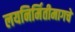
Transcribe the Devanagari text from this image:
लयनिर्मितीमागचे